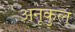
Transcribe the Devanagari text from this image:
अनूकुल